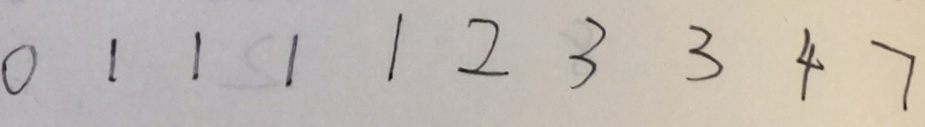
0 1 1 1 1 2 3 3 4 7